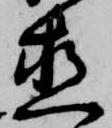
直